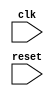
module behavioral_modeling_block (
    input wire clk,
    input wire reset,
    // other input and output ports
);
    
    reg temp;

    always @(posedge clk or negedge reset) begin
        if (!reset) begin
            // reset condition

            temp <= 1'b0;
            // other reset actions
        end else begin
            // positive edge of clock trigger condition

            temp <= 1'b1;
            // other clock trigger actions
        end
    end

    // other code for the behavioral modeling block

endmodule